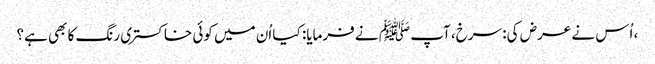
، اُس نے عرض کی: سرخ، آپ ﷺ نے فرمایا: کیا اُن میں کوئی خاکستری رنگ کا بھی ہے؟